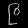
Digit: ၉